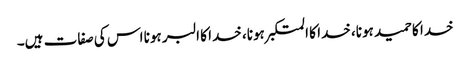
خدا کا حمید ہونا، خدا کا المتکبر ہونا، خدا کا البر ہونا اس کی صفات ہیں۔